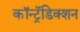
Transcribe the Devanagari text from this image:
कॉन्ट्रॅडिक्शन